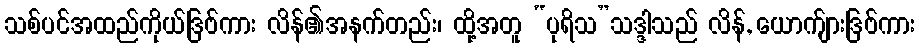
သစ်ပင်အထည်ကိုယ်ဒြဗ်ကား လိန်၏အနက်တည်း၊ ထို့အတူ “ပုရိသ”သဒ္ဒါသည် လိန်, ယောက်ျားဒြဗ်ကား